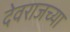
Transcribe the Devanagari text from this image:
देवराजच्या